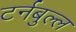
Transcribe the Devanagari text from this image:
टर्नबुल्ल